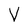
Character: V